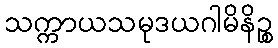
သက္ကာယသမုဒယဂါမိနိဉ္စ